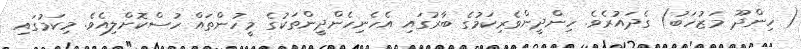
( ހިންދޫ މަޒުހަބު) ގެދައުރެވެ. ހިންދީންވެރިކަމުގެ ބާރުގައި އެހެނިހެންދީންތަކުގެ މީހުންތައް ހުސްކޮށްލިއެވެ. މިކަމުގައި